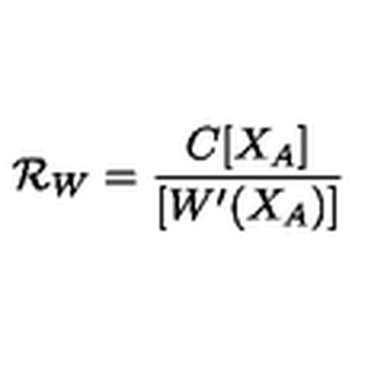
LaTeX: { \cal R } _ { W } = \frac { C [ X _ { A } ] } { [ W ^ { \prime } ( X _ { A } ) ] }